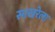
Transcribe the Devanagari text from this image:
साखरेला